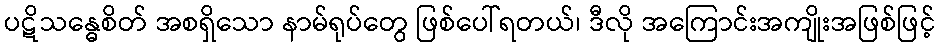
ပဋိသန္ဓေစိတ် အစရှိသော နာမ်ရုပ်တွေ ဖြစ်ပေါ်ရတယ်၊ ဒီလို အကြောင်းအကျိုးအဖြစ်ဖြင့်